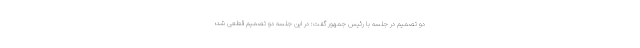
دو تصمیم در جلسه با رئیس جمهور گفت: در این جلسه دو تصمیم قطعی شد؛